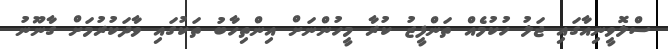
ސްލޮވީނިއާގައި ޖަލު ހުކުމެއް ތަންފީޒު ކުރާ މީހުންނަށް އިންތިހާބު ތަކުގައި ވާދަކުރުމަށް ގާނޫނު